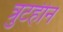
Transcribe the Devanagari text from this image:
त्रुटहीन